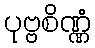
ပုဗ္ဗစိဏ္ဏံ